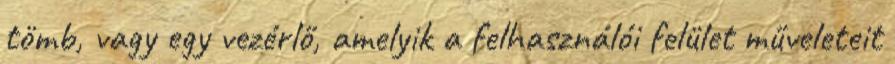
tömb, vagy egy vezérlő, amelyik a felhasználói felület műveleteit